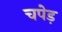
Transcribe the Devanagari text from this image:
चपेड़